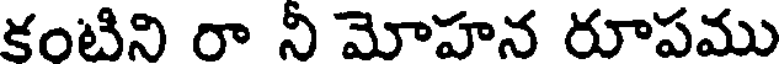
కంటిని రా ని మోహన రూపము